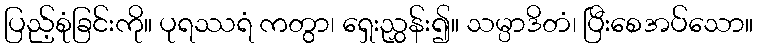
ပြည့်စုံခြင်းကို။ ပုရဿရံ ကတွာ၊ ရှေးညွှန်း၍။ သမ္ပာဒိတံ၊ ပြီးစေအပ်သော။